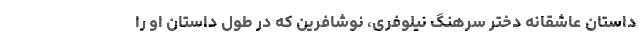
داستان عاشقانه دختر سرهنگ نیلوفری، نوشافرین که در طول داستان او را